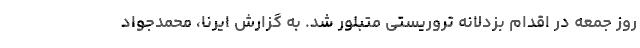
روز جمعه در اقدام بزدلانه تروریستی متبلور شد. به گزارش ایرنا، محمدجواد